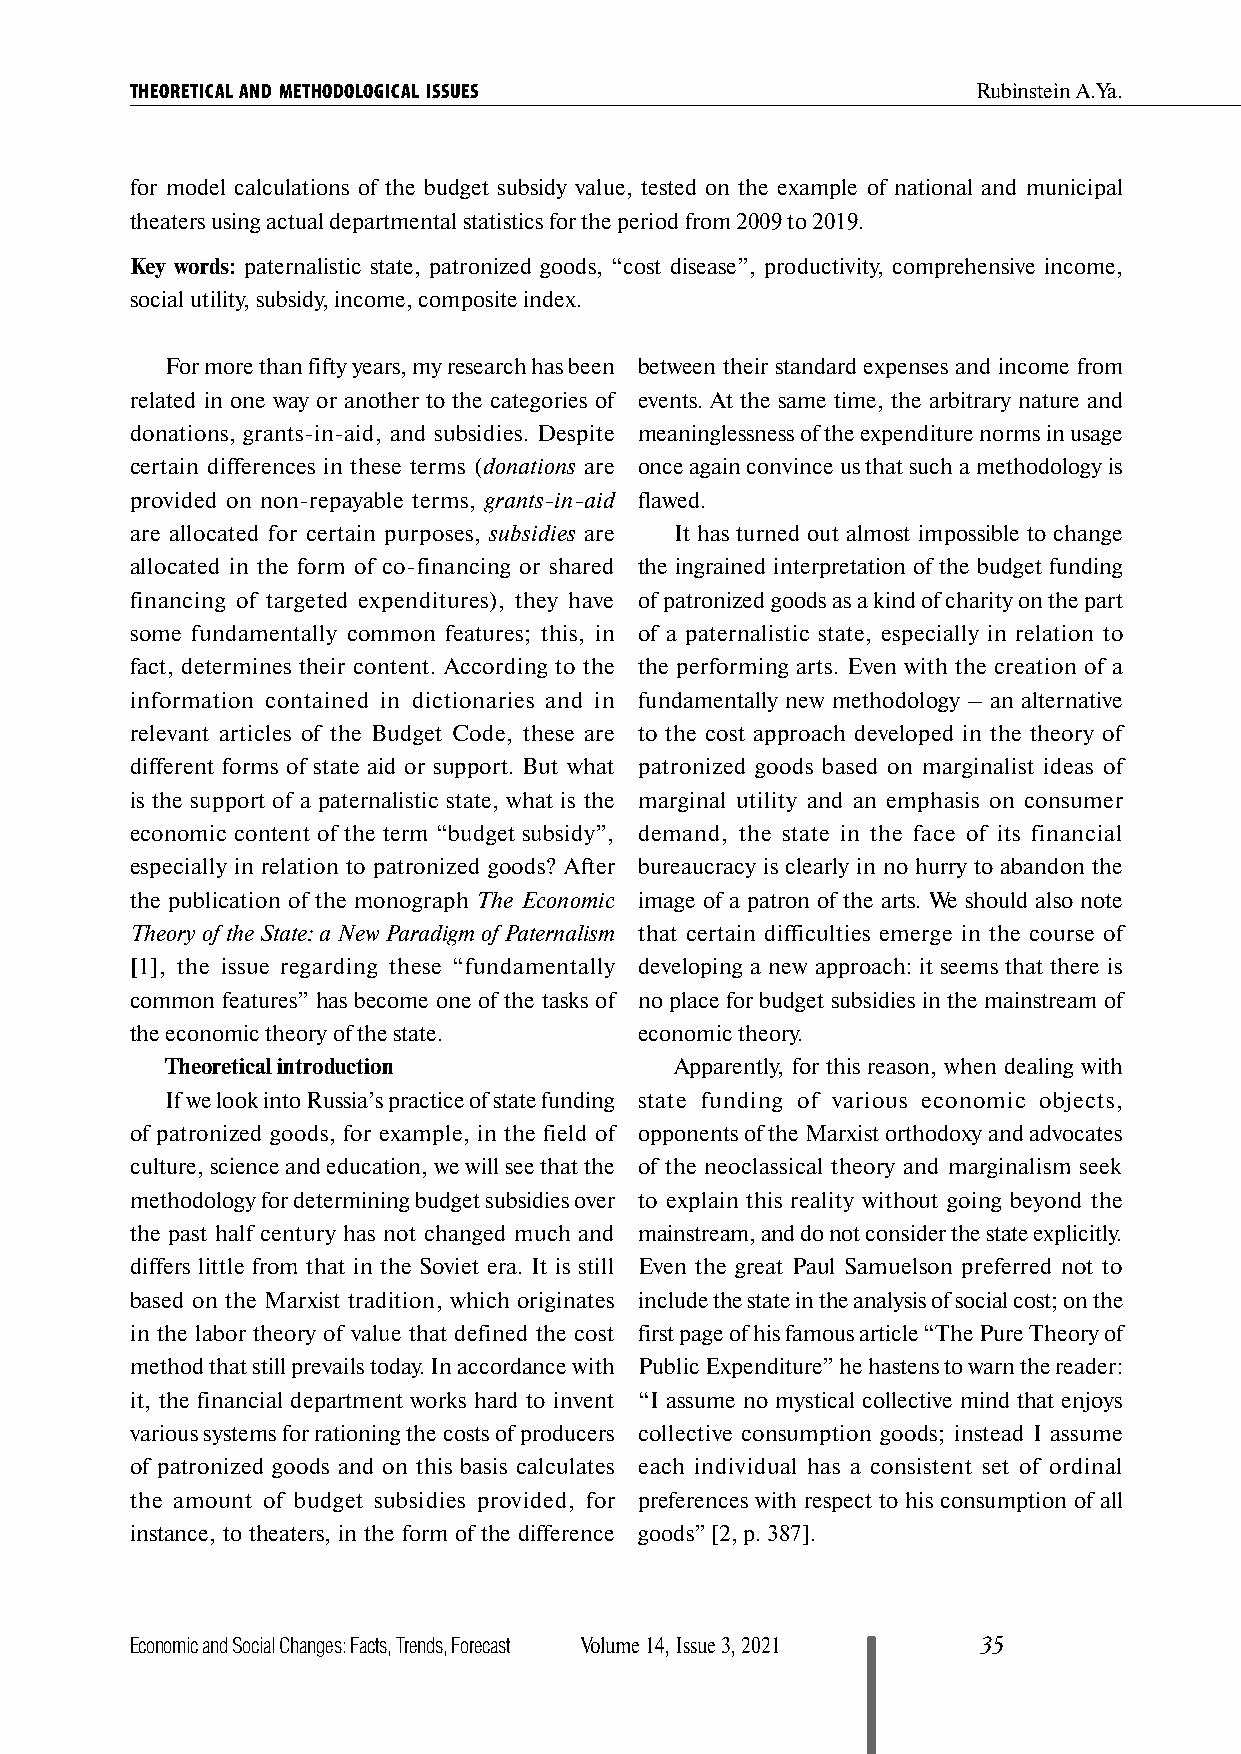
THEORETICAL AND METHODOLOGICAL ISSUES                   Rubinstein A.Ya.
 for model calculations of the budget subsidy value, tested on the example of national and municipal
 theaters using actual departmental statistics for the period from 2009 to 2019.
 Key words: paternalistic state, patronized goods, “cost disease”, productivity, comprehensive income,
 social utility, subsidy, income, composite index.
 For more than fifty years, my research has been between their standard expenses and income from
 related in one way or another to the categories of events. At the same time, the arbitrary nature and
 donations, grants-in-aid, and subsidies. Despite meaninglessness of the expenditure norms in usage
 certain differences in these terms (donations are once again convince us that such a methodology is
 provided on non-repayable terms, grants-in-aid flawed.
 are allocated for certain purposes, subsidies are It has turned out almost impossible to change
 allocated in the form of co-financing or shared the ingrained interpretation of the budget funding
 financing of targeted expenditures), they have of patronized goods as a kind of charity on the part
 some fundamentally common features; this, in of a paternalistic state, especially in relation to
 fact, determines their content. According to the the performing arts. Even with the creation of a
 information contained in dictionaries and in fundamentally new methodology – an alternative
 relevant articles of the Budget Code, these are to the cost approach developed in the theory of
 different forms of state aid or support. But what patronized goods based on marginalist ideas of
 is the support of a paternalistic state, what is the marginal utility and an emphasis on consumer
 economic content of the term “budget subsidy”, demand, the state in the face of its financial
 especially in relation to patronized goods? After bureaucracy is clearly in no hurry to abandon the
 the publication of the monograph The Economic image of a patron of the arts. We should also note
 Theory of the State: a New Paradigm of Paternalism that certain difficulties emerge in the course of
 [1], the issue regarding these “fundamentally developing a new approach: it seems that there is
 common features” has become one of the tasks of no place for budget subsidies in the mainstream of
 the economic theory of the state. economic theory.
 Theoretical introduction          Apparently, for this reason, when dealing with
 If we look into Russia’s practice of state funding state funding of various economic objects,
 of patronized goods, for example, in the field of opponents of the Marxist orthodoxy and advocates
 culture, science and education, we will see that the of the neoclassical theory and marginalism seek
 methodology for determining budget subsidies over to explain this reality without going beyond the
 the past half century has not changed much and mainstream, and do not consider the state explicitly.
 differs little from that in the Soviet era. It is still Even the great Paul Samuelson preferred not to
 based on the Marxist tradition, which originates include the state in the analysis of social cost; on the
 in the labor theory of value that defined the cost first page of his famous article “The Pure Theory of
 method that still prevails today. In accordance with Public Expenditure” he hastens to warn the reader:
 it, the financial department works hard to invent “I assume no mystical collective mind that enjoys
 various systems for rationing the costs of producers collective consumption goods; instead I assume
 of patronized goods and on this basis calculates each individual has a consistent set of ordinal
 the amount of budget subsidies provided, for preferences with respect to his consumption of all
 instance, to theaters, in the form of the difference goods” [2, p. 387].
 Economic and Social Changes: Facts, Trends, Forecast Volume 14, Issue 3, 2021 35